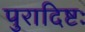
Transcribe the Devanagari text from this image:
पुरादिष्टः